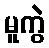
မူကွဲ